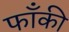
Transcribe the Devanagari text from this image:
फाँकी